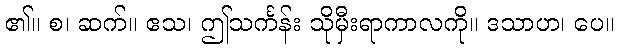
၏။ စ၊ ဆက်။ ဧသ၊ ဤသင်္ကန်း သိုမှီးရာကာလကို။ ဒသာဟ၊ ပေ။